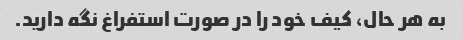
به هر حال، کیف خود را در صورت استفراغ نگه دارید.